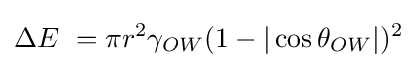
\Delta E\ =\pi r^{2}\gamma _{OW}(1-|\cos {\theta _{OW}}|)^{2}